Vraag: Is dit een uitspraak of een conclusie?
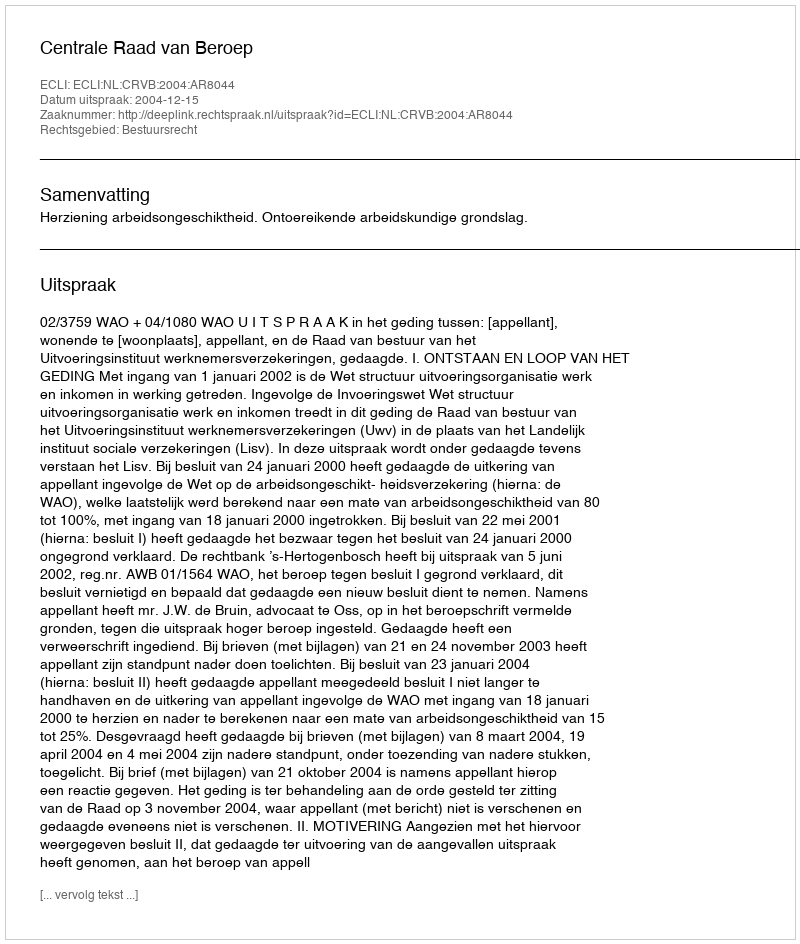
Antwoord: Uitspraak